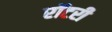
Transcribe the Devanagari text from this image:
रॉटरी